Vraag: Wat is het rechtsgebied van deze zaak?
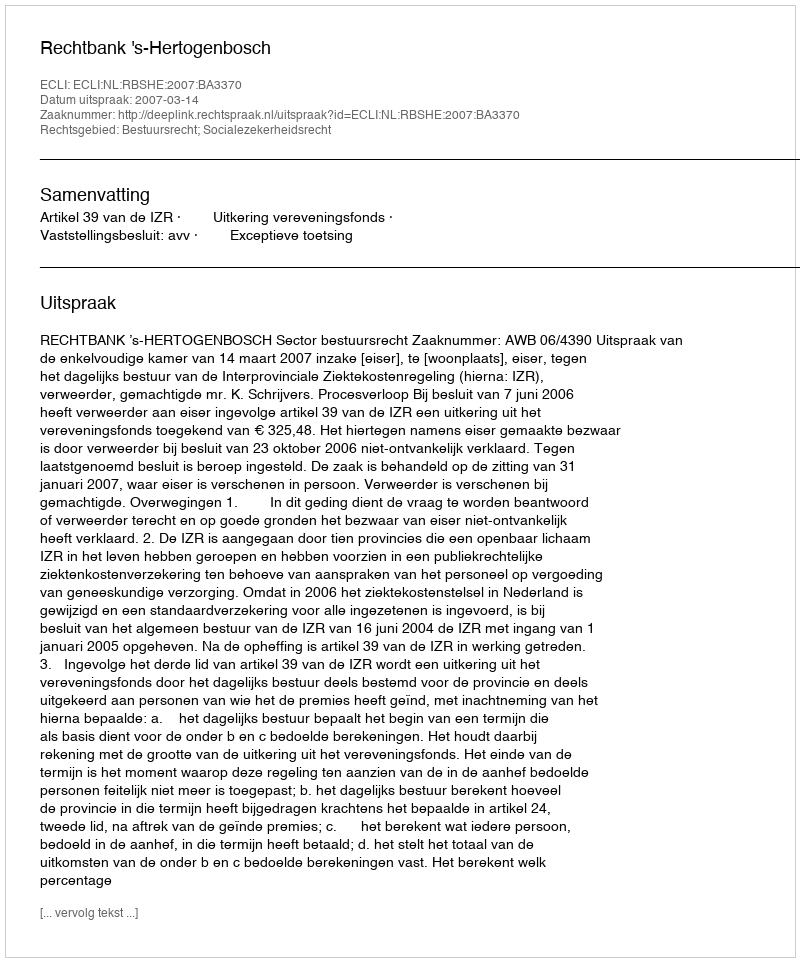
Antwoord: Bestuursrecht; Socialezekerheidsrecht